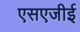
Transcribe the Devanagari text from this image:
एसएजीई